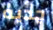
جديه